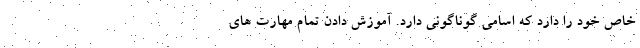
خاص خود را دارد که اسامی گوناگونی دارد. آموزش دادن تمام مهارت های